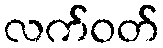
လက်ဝတ်